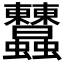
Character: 𧖤